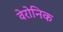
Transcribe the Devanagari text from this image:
वेरोनिक